Leprosy in India: report of the Leprosy Commission in India, 1890-91
Year: 1890
Disease focus: Leprosy
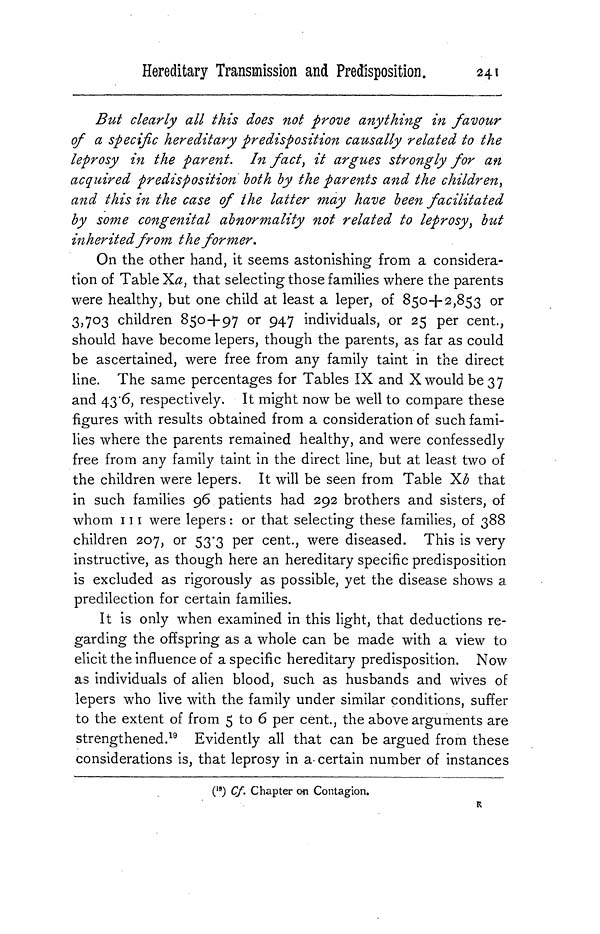
Hereditary Transmission and Predisposition.
241
But clearly all this does not prove anything in favour
of a specific hereditary predisposition causally related to the
leprosy in the parent. In fact, it argues strongly for an
acquired predisposition both by the parents and the children,
and this in the case of the latter may have been facilitated
by some congenital abnormality not related to leprosy, but
inherited from the former.
On the other hand, it seems astonishing from a considera-
tion of Table Xa, that selecting those families where the parents
were healthy, but one child at least a leper, of 850+2,853 or
3,703 children 850+97 or 947 individuals, or 25 per cent.,
should have become lepers, though the parents, as far as could
be ascertained, were free from any family taint in the direct
line. The same percentages for Tables IX and X would be 37
and 43.6, respectively. It might now be well to compare these
figures with results obtained from a consideration of such fami-
lies where the parents remained healthy, and were confessedly
free from any family taint in the direct line, but at least two of
the children were lepers. It will be seen from Table Xb that
in such families 96 patients had 292 brothers and sisters, of
whom 111 were lepers : or that selecting these families, of 388
children 207, or 53.3 per cent., were diseased. This is very
instructive, as though here an hereditary specific predisposition
is excluded as rigorously as possible, yet the disease shows a
predilection for certain families.
It is only when examined in this light, that deductions re-
garding the offspring as a whole can be made with a view to
elicit the influence of a specific hereditary predisposition. Now
as individuals of alien blood, such as husbands and wives of
lepers who live with the family under similar conditions, suffer
to the extent of from 5 to 6 per cent., the above arguments are
strengthened. 19 Evidently all that can be argued from these
considerations is, that leprosy in a certain number of instances
( 19 ) Cf. Chapter on Contagion.
R